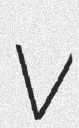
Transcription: V